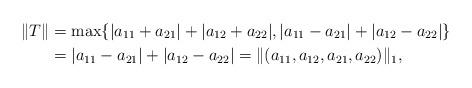
LaTeX: \begin{align*}\Vert T\Vert & =\max\{|a_{11}+a_{21}|+|a_{12}+a_{22}|,|a_{11}-a_{21}|+|a_{12}-a_{22}|\}\\& =|a_{11}-a_{21}|+|a_{12}-a_{22}|=\Vert(a_{11},a_{12},a_{21},a_{22})\Vert_{1},\end{align*}